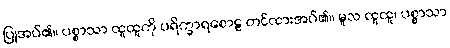
ပြုအပ်၏။ ပစ္စာသာ ထူထူကို ပရိက္ခာရစောဠ တင်ထားအပ်၏။ မူလ ထူထူ၊ ပစ္စာသာ